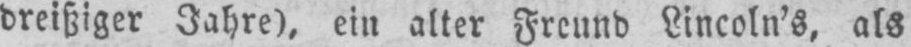
dreißiger Jahre), ein alter Freund Lincoln’s, als